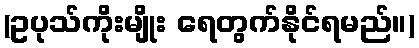
(ဥပုသ်ကိုးမျိုး ရေတွက်နိုင်ရမည်။)